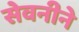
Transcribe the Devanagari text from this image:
सेवनीने